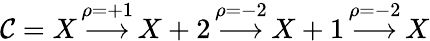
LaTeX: {\cal C}=X\, {\overset{\rho=+1}{\longrightarrow}}\, X+2\, {\overset{\rho=-2}{\longrightarrow}}\, X+1\, {\overset{\rho=-2}{\longrightarrow}}\, X